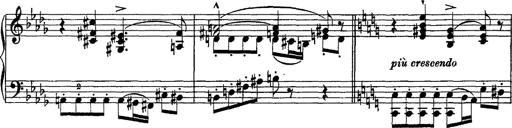
Title: Piano Sonata
Composer: Karl HÃ¤ssler
Key: C major